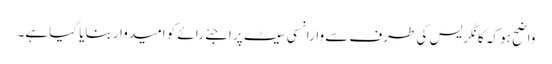
واضح ہو کہ کانگریس کی طرف سے وارانسی سیٹ پر اجئے رائے کو امیدوار بنایا گیا ہے۔